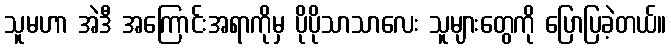
သူမဟာ အဲဒီ အကြောင်းအရာကိုမှ ပိုပိုသာသာလေး သူများတွေကို ပြောပြခဲ့တယ်။